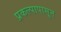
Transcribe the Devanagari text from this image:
प्रकल्पापासून